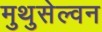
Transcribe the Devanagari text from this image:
मुथुसेल्वन